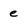
Character: e